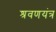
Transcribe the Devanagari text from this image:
श्रवणयंत्र